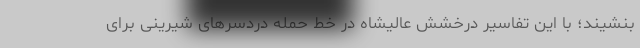
بنشیند؛ با این تفاسیر درخشش عالیشاه در خط حمله دردسر‌های شیرینی برای